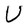
Character: U